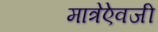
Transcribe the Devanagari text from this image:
मात्रेऐवजी